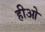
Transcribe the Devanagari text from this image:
हीओ